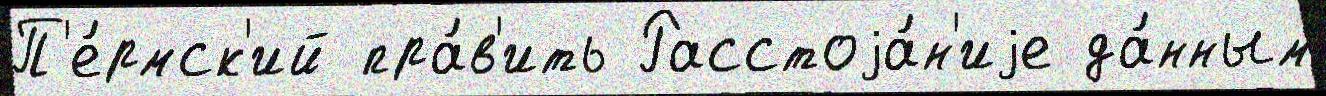
П'е́рмск'ий пра́в'ить Расстоjа́н'иjе да́нным